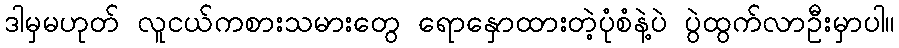
ဒါမှမဟုတ် လူငယ်ကစားသမားတွေ ရောနှောထားတဲ့ပုံစံနဲ့ပဲ ပွဲထွက်လာဦးမှာပါ။